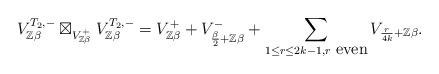
LaTeX: \begin{align*}V_{\mathbb{Z}\beta}^{T_{2},-}\boxtimes_{V_{\mathbb{Z}\beta}^{+}}V_{\mathbb{Z}\beta}^{T_{2},-}=V_{\mathbb{Z}\beta}^{+}+V_{\frac{\beta}{2}+\mathbb{Z}\beta}^{-}+\sum_{1\le r\le2k-1,r\ \mbox{even}}V_{\frac{r}{4k}+\mathbb{Z}\beta}.\end{align*}